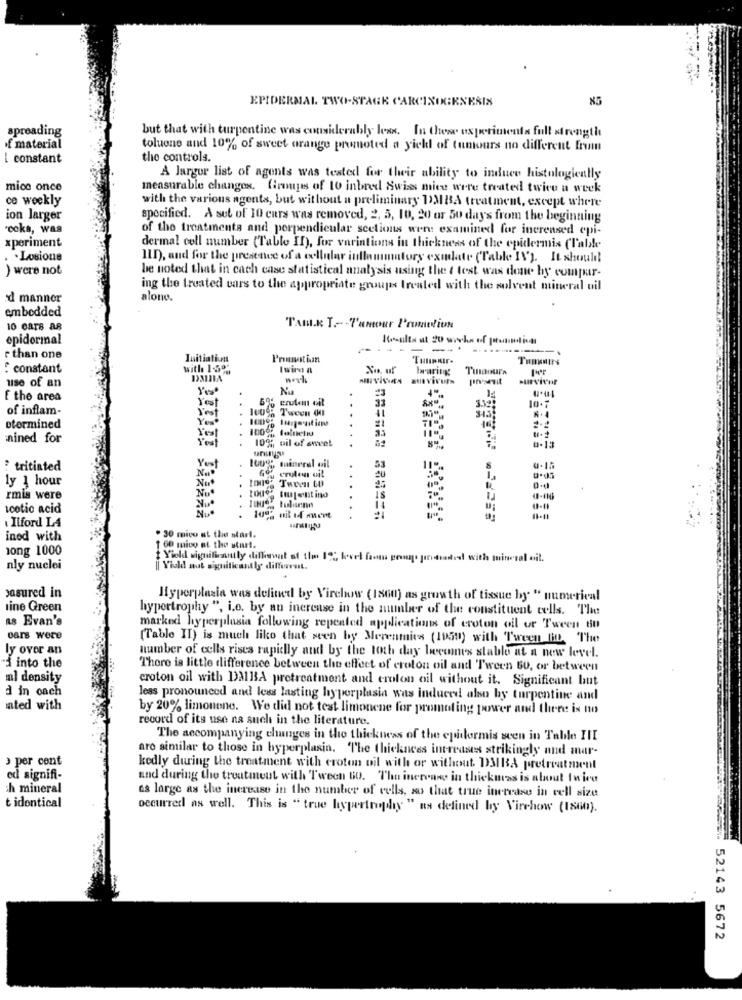
EPIDERMAL TWO-STA
KNESIX
85
spreading
but that with turpentine was considerably less. In these experiments full strength
of material
toluone and 10% of sweet orange prquoted a yickl of tumours no different from
I constant
the controls.
A Jargur list of agents was tested for their ability to induce histologically
mice once
measurable changes. Groupes of 10 inbred Swiss mice were treated twice a week
ce weekly
with the various agents, but without a preliminary 131BA treatment, except where
ion larger
specified. A set of 10 cars was removed, 2, 5, 10, 20 or 50 day's from the beginning
"ecks, was
of the treatments and perpendicular sections wene examined for increased epi-
xperiment
dermal cell number (Tablo II), for variations in thickness of the epidermis (Table
.Losione
III), and for the presence of a cellular inflammatory exmate (Table IN'). It should
) were not
be noted that in each case statistical analysis using the t test was done by compar-
ing the treated cars to the appropriate groupe treated with the solvent mineral oil
d mannor
alone.
embedded
10 cars as
TANK T -- Tamour Promettiun
epidermal
e than one
Initiatiun
Prouvstian
: constant
with 1:5%
Iwin n
use of an
E the area
.
695 erutan oil
31
10.7
of inflam-
Y'est
Tween 40
41
44
3.528
3439
otermined
1009% felnietis
ained for
109% oil of sweet
0.13
: tritinted
Yest
11 %
ly 1 hour
Nu
rmis were
tularno
....
icotic acid
Nu
.
. Ilford LA
ined with
. 30 mico at the start.
long 1000
1 60 mico at the start.
Yield significantly different of the 192 level from poot jondraded with mineral oil.
nly nuclei
Yiuld nut significantly different.
sasured in
Hyperplasia was defined by Virchow (1860) as growth of tissue by " numerical
line Green
hypertrophy ", i.o. by an increase in the number of the constituent cells. The
as Evan's
marked hyperplasia following repented applications of croton oil or Tween to
cars were
(Table IT) is much like that seen by Merenmies (1959) with Tween it. The
ly over an
number of cells rises rapidly and by the toth day becomes stabilo at a new level.
a into the
There is little difference between the effect of croton oil and Tween 60, or between
mal density
croton oil with D3IBA pretreatment and croton oil without it. Significant but
d in cach
less pronounced and less lasting hyperplasia was induced also by turpentine and
ated with
by 20% limonene. We did not test limonene for promoting power and there is no
record of its use na such in the literature.
The accompanying changes in the thickness of the epidermis seen in Table III
are similar to those in hyperplasin. The thickness increases strikingly and mar-
› per cent
kodly during the treatment with croton oil with or without DMIBA pretreatment
ed signifi-
and during the troutmeut with Tween BO. The increase in thickness is about twice
ch mineral
as large as the increase in the number of cells, so that true increase in cell size
t idontical
occurred as well. This is " true hypertrophy " as defined by Virchow (1860).
52143 5672